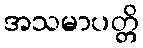
အသမာပတ္တိ